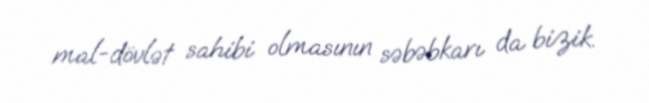
mal-dövlət sahibi olmasının səbəbkarı da bizik.